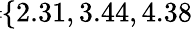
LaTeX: \! \! \! \! \! \! \! \! \! \overline{{\epsilon}}_{r}\! \! =\! \! \{ 2.31,3.44,4.38\} \! \! \!